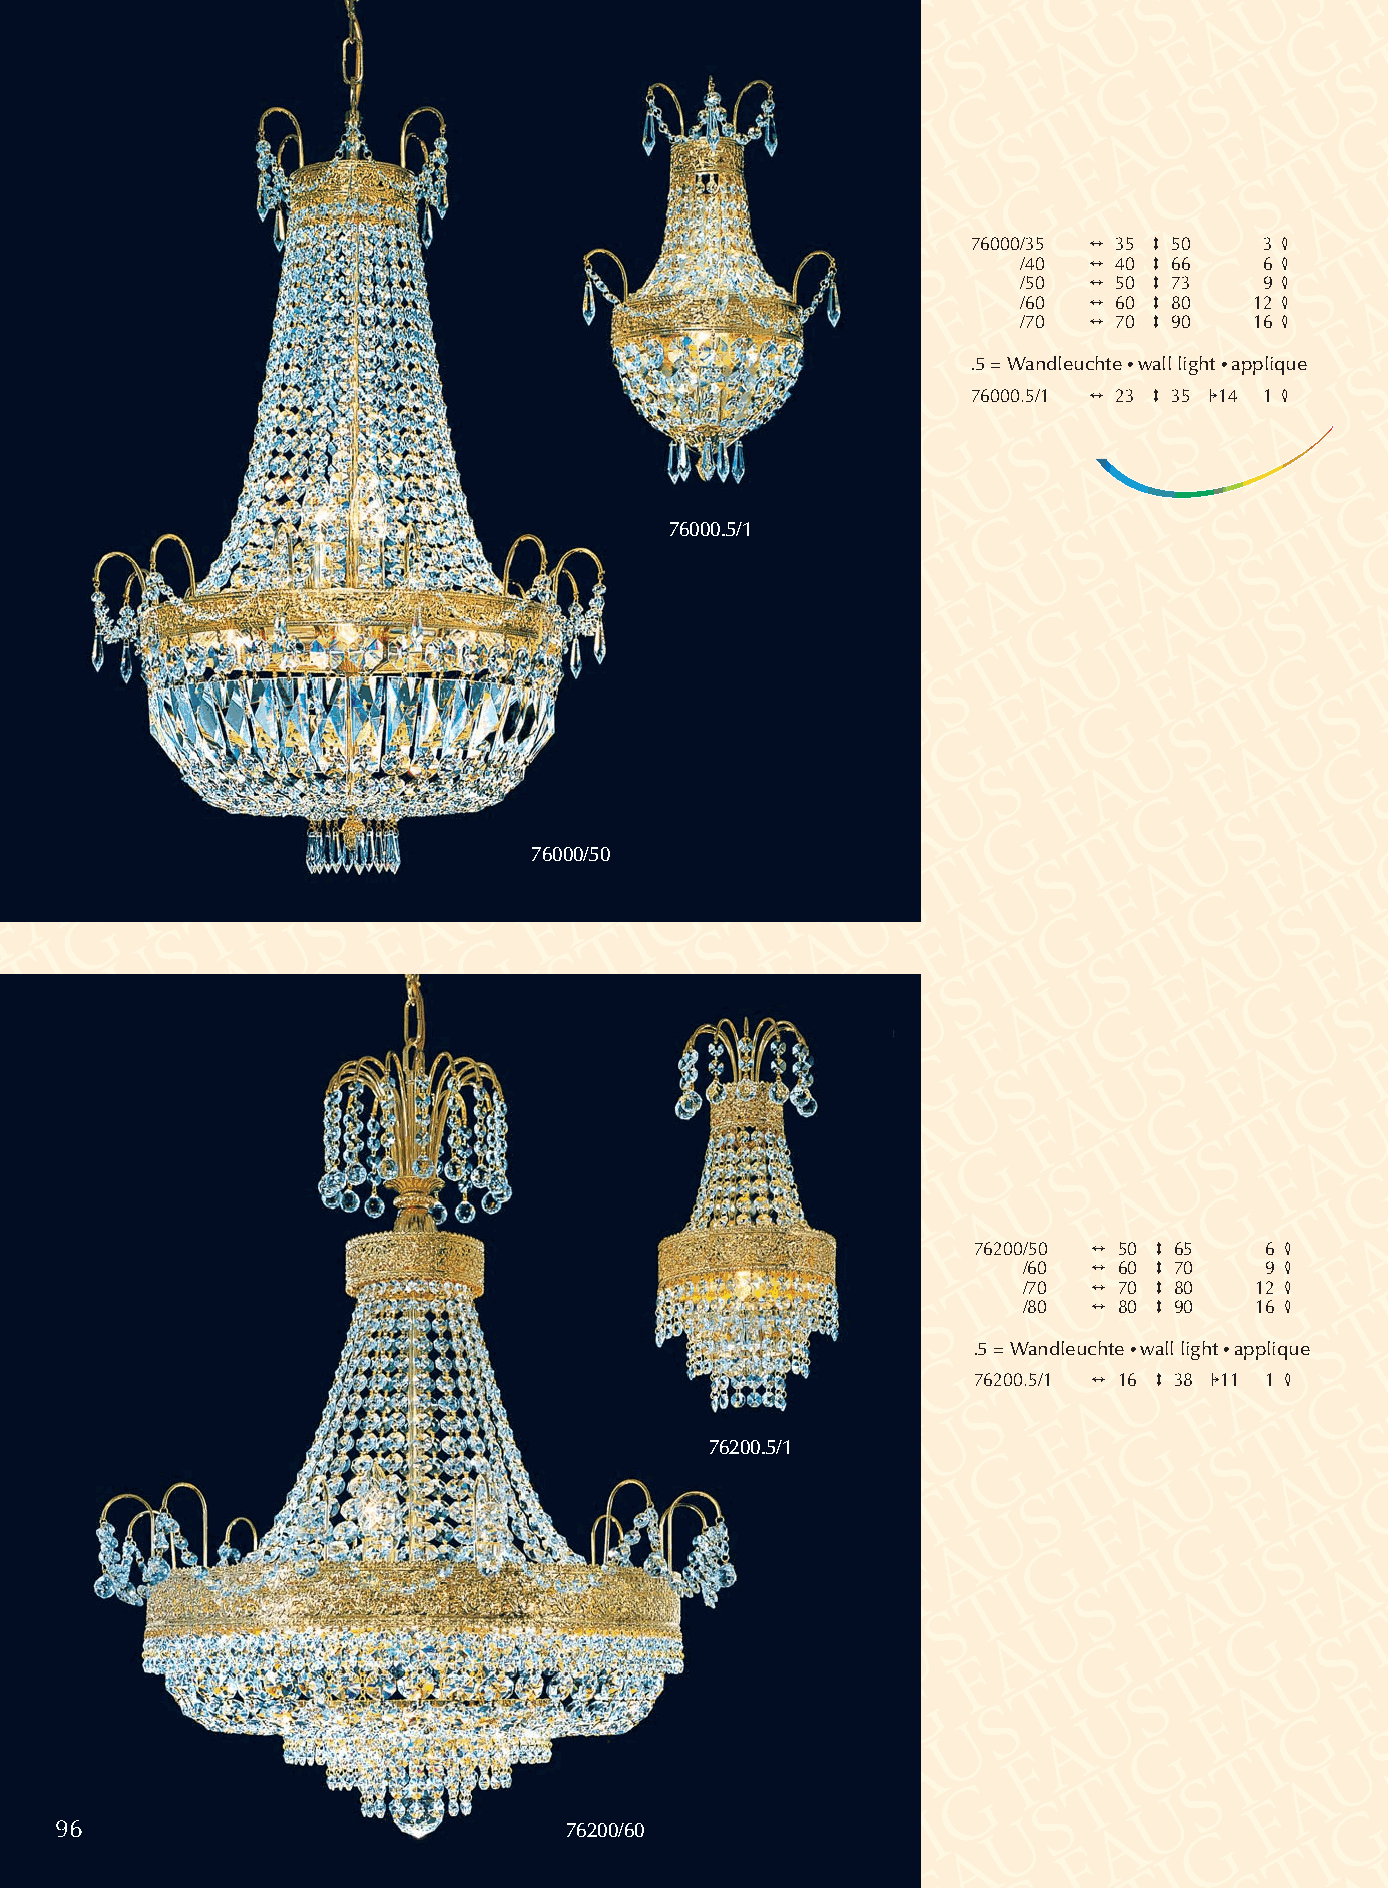
76000/35 2 35 3 50  3 4
 /40 2 40 3 66   6 4
 /50 2 50 3 73   9 4
 /60 2 60 3 80  12 4
 /70 2 70 3 90  16 4
 .5 = Wandleuchte •wall light •applique
 76000.5/1 2 23 3 35 114 1 4
 76000.5/1
 76000/50
 76200/50 2 50 3 65  6 4
 /60 2 60 3 70   9 4
 /70 2 70 3 80  12 4
 /80 2 80 3 90  16 4
 .5 = Wandleuchte •wall light •applique
 76200.5/1 2 16 3 38 111 1 4
 76200.5/1
 96                               76200/60